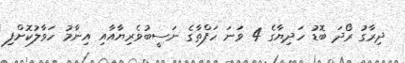
ދިރާގު ރޯދަ ބޮޑު ހަދިޔާގެ 4 ވަނަ ހަފްތާގެ ނަސީބުވެރިޔާއާއި އިނާމު ހަވާލުކޮށްފި